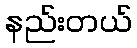
နည်းတယ်